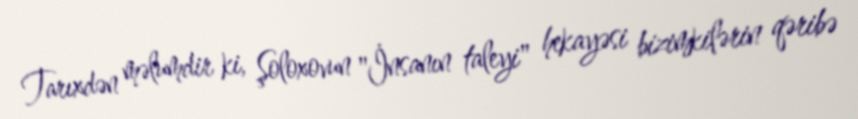
Tarıxdən məlumdir ki, Şoloxovun "İnsanın taleyi" hekayəsi bizimkilərin qəribə